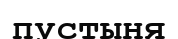
пустыня